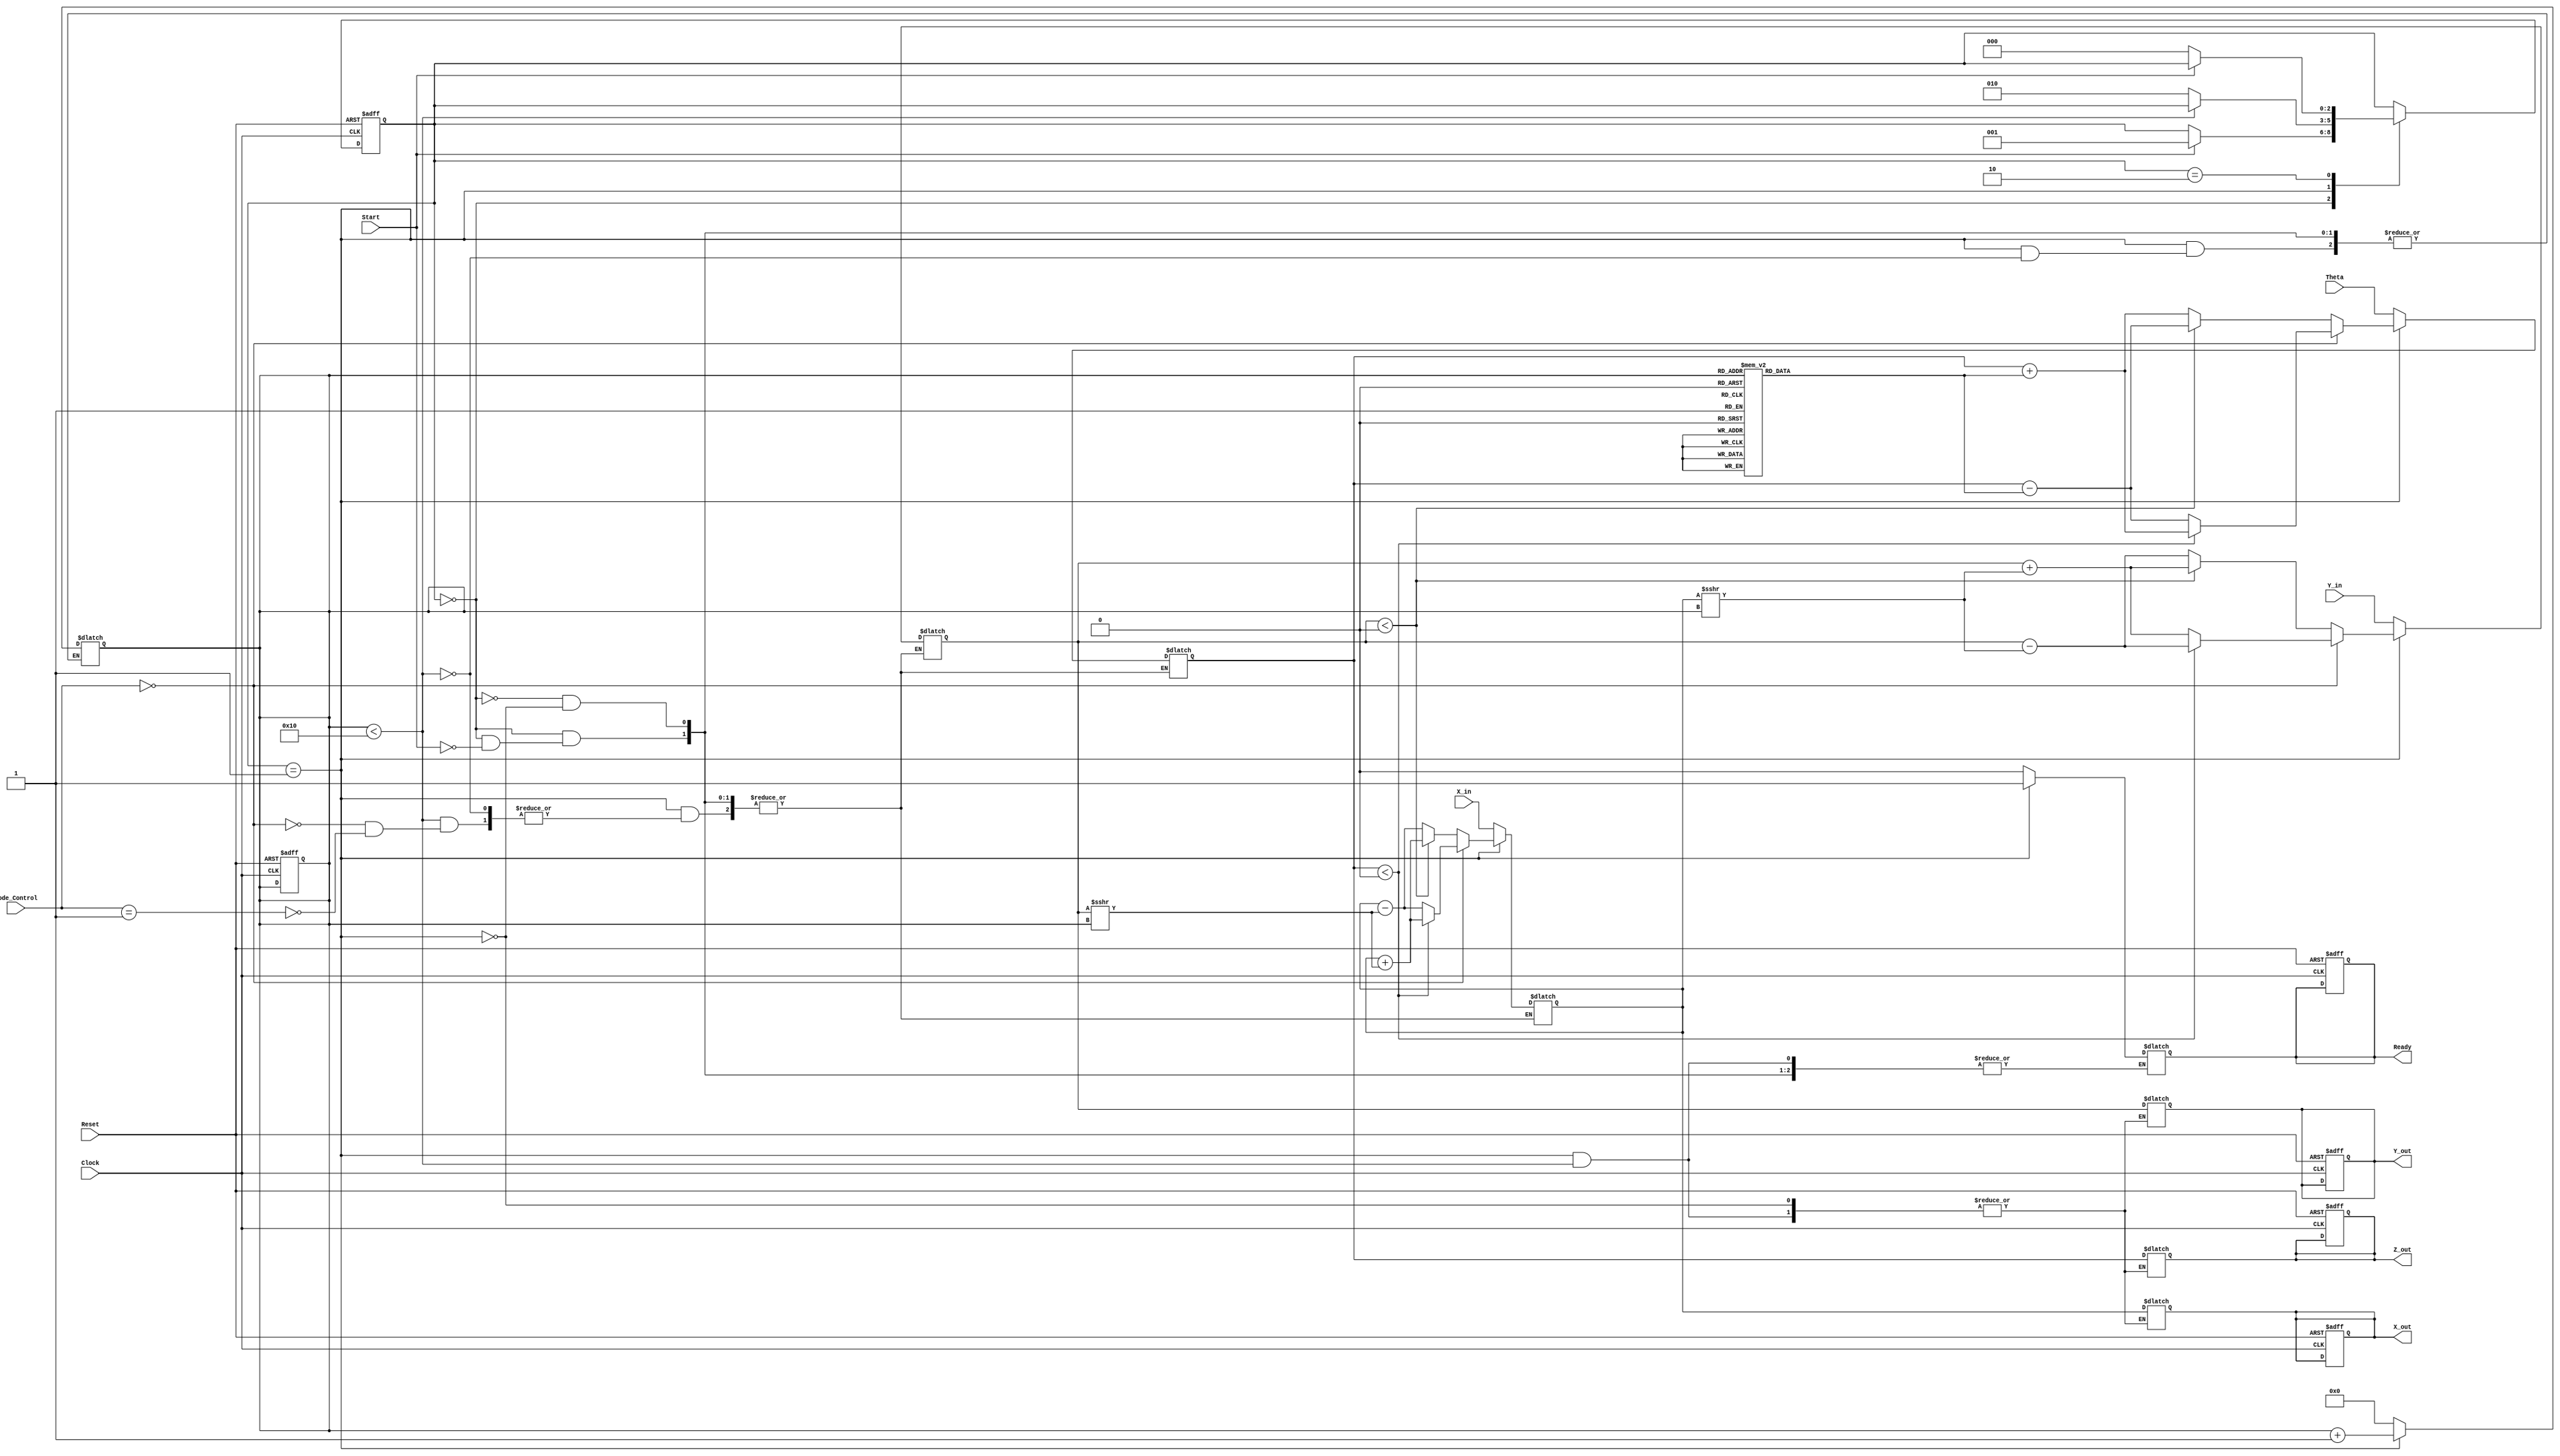
module cordic_2d (
    input wire signed [15:0] X_in,        // Input X coordinate
    input wire signed [15:0] Y_in,        // Input Y coordinate
    input wire signed [15:0] Theta,       // Input angle in fixed-point format
    input wire [1:0] Mode_Control,        // Mode control (00: rotation, 01: vectoring)
    input wire Start,                      // Start signal
    input wire Clock,                      // Clock signal
    input wire Reset,                      // Asynchronous reset signal

    output reg signed [15:0] X_out,       // Output X coordinate
    output reg signed [15:0] Y_out,       // Output Y coordinate
    output reg signed [15:0] Z_out,       // Output angle or result
    output reg Ready                       // Ready signal
);

    // Internal parameters
    parameter NUM_ITERATIONS = 16;        // Number of iterations
    reg [3:0] iteration;                   // Iteration counter
    reg signed [15:0] x, y, z;            // Internal registers for computation
    reg [2:0] state;                      // FSM state
    reg [2:0] next_state;                 // Next state for FSM

    // CORDIC LUT for arctan values (scaled)
    reg signed [15:0] atan_lut [0:NUM_ITERATIONS-1];
    initial begin
        atan_lut[0] = 16'h1C71; // atan(2^-0) in fixed-point format
        atan_lut[1] = 16'h1B7D; // atan(2^-1)
        atan_lut[2] = 16'h1A8F; // atan(2^-2)
        atan_lut[3] = 16'h19B5; // atan(2^-3)
        atan_lut[4] = 16'h18E4; // atan(2^-4)
        atan_lut[5] = 16'h1823; // atan(2^-5)
        atan_lut[6] = 16'h1768; // atan(2^-6)
        atan_lut[7] = 16'h16C1; // atan(2^-7)
        atan_lut[8] = 16'h162A; // atan(2^-8)
        atan_lut[9] = 16'h1597; // atan(2^-9)
        atan_lut[10] = 16'h1511; // atan(2^-10)
        atan_lut[11] = 16'h1498; // atan(2^-11)
        atan_lut[12] = 16'h1421; // atan(2^-12)
        atan_lut[13] = 16'h13B5; // atan(2^-13)
        atan_lut[14] = 16'h1354; // atan(2^-14)
        atan_lut[15] = 16'h12F5; // atan(2^-15)
    end

    // FSM states
    localparam IDLE = 3'b000;
    localparam COMPUTE = 3'b001;
    localparam DONE = 3'b010;

    // Sequential logic for state transitions
    always @(posedge Clock or posedge Reset) begin
        if (Reset) begin
            state <= IDLE;
            iteration <= 0;
            X_out <= 0;
            Y_out <= 0;
            Z_out <= 0;
            Ready <= 1'b0;
        end else begin
            state <= next_state;
        end
    end

    // FSM logic for state transitions and operations
    always @(*) begin
        next_state = state;
        case (state)
            IDLE: begin
                if (Start) begin
                    x = X_in;
                    y = Y_in;
                    z = Theta;
                    iteration = 0;
                    Ready = 1'b0;
                    next_state = COMPUTE;
                end
            end

            COMPUTE: begin
                if (iteration < NUM_ITERATIONS) begin
                    // CORDIC rotation logic
                    if (Mode_Control == 2'b00) begin // Rotation mode
                        if (z < 0) begin
                            x <= x + (y >>> iteration);
                            y <= y - (x >>> iteration);
                            z <= z + atan_lut[iteration];
                        end else begin
                            x <= x - (y >>> iteration);
                            y <= y + (x >>> iteration);
                            z <= z - atan_lut[iteration];
                        end
                    end else if (Mode_Control == 2'b01) begin // Vectoring mode
                        if (y < 0) begin
                            x <= x + (y >>> iteration);
                            y <= y + (x >>> iteration);
                            z <= z - atan_lut[iteration];
                        end else begin
                            x <= x - (y >>> iteration);
                            y <= y - (x >>> iteration);
                            z <= z + atan_lut[iteration];
                        end
                    end
                    iteration = iteration + 1;
                end else begin
                    // Store output results
                    X_out <= x;
                    Y_out <= y;
                    Z_out <= z;
                    Ready <= 1'b1;
                    next_state = DONE;
                end
            end

            DONE: begin
                if (!Start) begin
                    next_state = IDLE;
                end
            end
        endcase
    end
endmodule